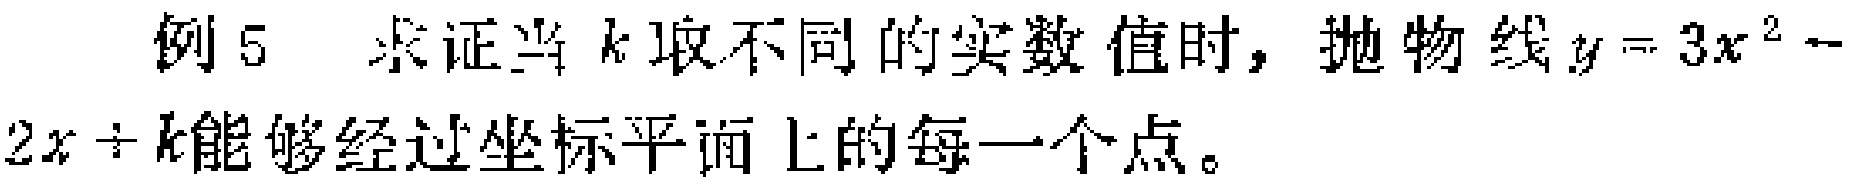
例 5  求证当 \(k\) 取不同的实数值时，抛物线 \(y = 3x^{2}-2x + k\)能够经过坐标平面上的每一个点。